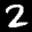
Label: 2